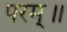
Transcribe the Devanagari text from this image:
परम्॥